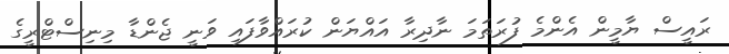
ރައީސް ޔާމީން އެންމެ ފުރަތަމަ ނާދިރާ އައްޔަން ކުރައްވާފައި ވަނީ ޖެންޑާ މިނިސްޓްރީގެ